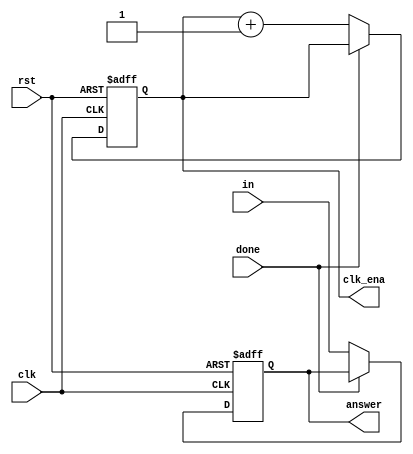
`timescale 1ns / 1ns
//////////////////////////////////////////////////////////////////////////////////
// Company: 
// Engineer: 
// 
// Design Name: 
// Module Name: register16
// Project Name: 
// Target Devices: 
// Tool Versions: 
// Description: 
// 
// Dependencies: 
// 
// Revision:
// Revision 0.01 - File Created
// Additional Comments:
// 
//////////////////////////////////////////////////////////////////////////////////


module register16(
 output reg [15:0] answer,
 output reg [2:0]clk_ena,
 input [15:0] in,
 input clk,done,rst
 
    );

always @ (posedge clk or negedge rst)
 begin
  if(rst==0)
   begin
   answer <= 16'b0;
   clk_ena <= 3'd0;
   end
  else if(done==1'b0) 
   begin
   answer <= in;
   clk_ena <= clk_ena + 3'd1;
   end
  else
   answer <= answer;
 end



endmodule